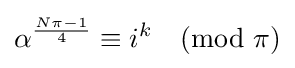
\alpha ^{\frac {N\pi -1}{4}}\equiv i^{k}{\pmod {\pi }}